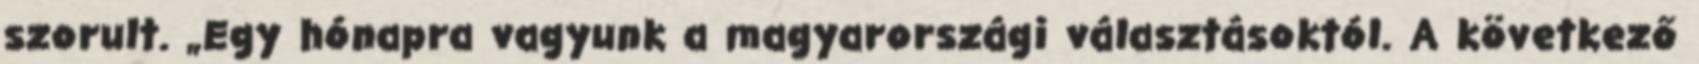
szorult. „Egy hónapra vagyunk a magyarországi választásoktól. A következő